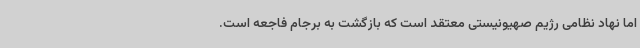
اما نهاد نظامی رژیم صهیونیستی معتقد است که بازگشت به برجام فاجعه است.